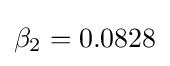
\beta _{2}=0.0828